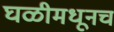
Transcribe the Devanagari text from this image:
घळीमधूनच